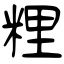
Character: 粴